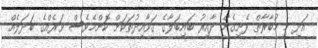
އަދި މި މުބާރާތް ފެށިގެން ދާއިރު ބައިބަލާގެ ގަވާއިދުތަކަށް ކޮންމެވެސް ވަރެއްގެ ބަދަލެއް